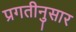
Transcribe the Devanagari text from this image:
प्रगतीनुसार